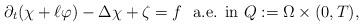
LaTeX: \begin{align*} \partial_t(\chi + \ell \varphi) - \Delta \chi + \zeta = f \ \ \textrm{a.e. in $Q:= \Omega \times (0,T) $,} \end{align*}